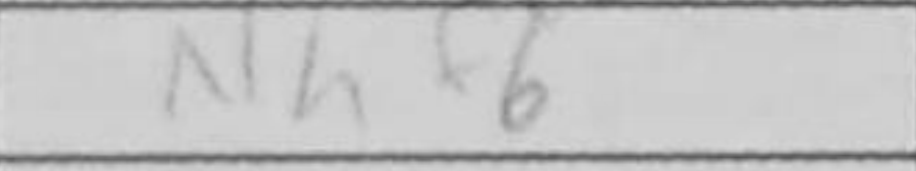
Transcription: Nhf6